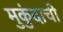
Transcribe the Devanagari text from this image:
मुकुंदाची